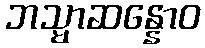
ဘသ္မာဆန္နောဝ